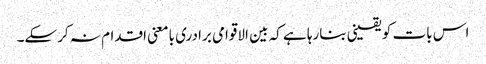
اس بات کو یقینی بنارہا ہے کہ بین الاقوامی برادری بامعنی اقدام نہ کرسکے۔